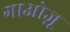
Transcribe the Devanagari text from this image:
गाओज़ू